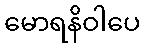
မောရနိဝါပေ